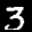
Label: 3